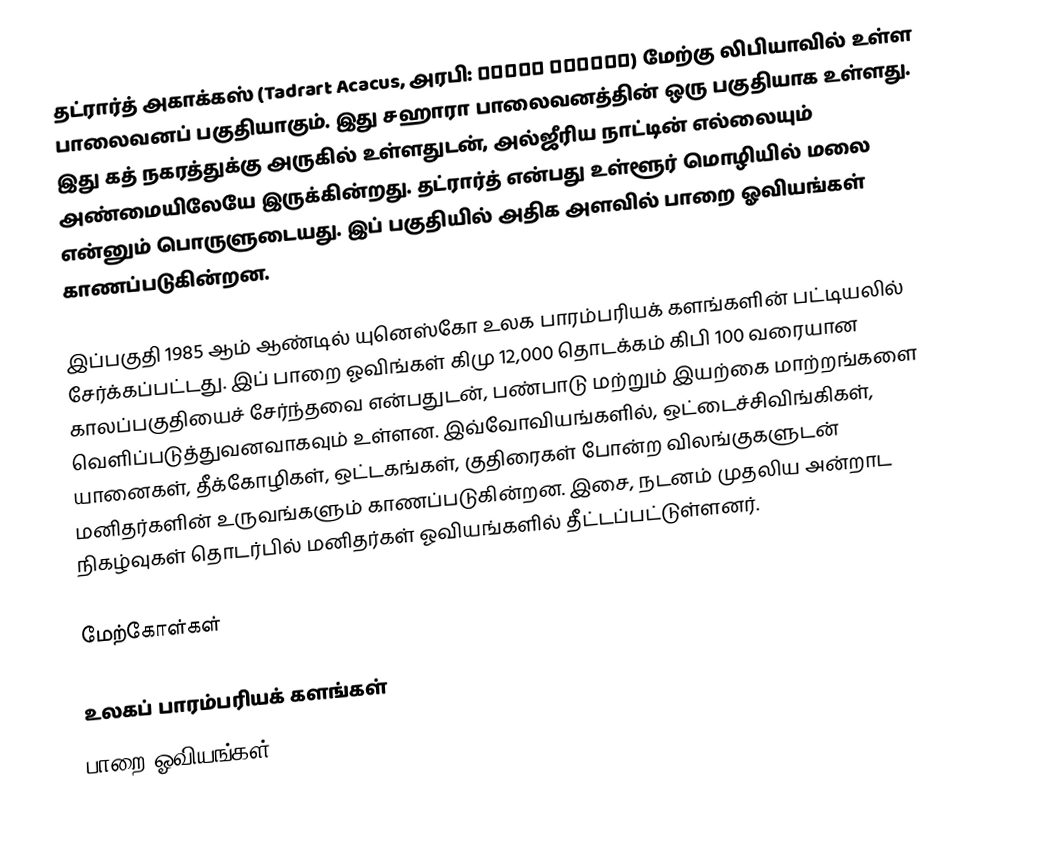
தட்ரார்த் அகாக்கஸ் (Tadrart Acacus, அரபி: تدرارت عكاكس) மேற்கு லிபியாவில் உள்ள பாலைவனப் பகுதியாகும். இது சஹாரா பாலைவனத்தின் ஒரு பகுதியாக உள்ளது. இது கத் நகரத்துக்கு அருகில் உள்ளதுடன், அல்ஜீரிய நாட்டின் எல்லையும் அண்மையிலேயே இருக்கின்றது. தட்ரார்த் என்பது உள்ளூர் மொழியில் மலை என்னும் பொருளுடையது. இப் பகுதியில் அதிக அளவில் பாறை ஓவியங்கள் காணப்படுகின்றன.

இப்பகுதி 1985 ஆம் ஆண்டில் யுனெஸ்கோ உலக பாரம்பரியக் களங்களின் பட்டியலில் சேர்க்கப்பட்டது. இப் பாறை ஓவிங்கள் கிமு 12,000 தொடக்கம் கிபி 100 வரையான காலப்பகுதியைச் சேர்ந்தவை என்பதுடன், பண்பாடு மற்றும் இயற்கை மாற்றங்களை வெளிப்படுத்துவனவாகவும் உள்ளன. இவ்வோவியங்களில், ஒட்டைச்சிவிங்கிகள், யானைகள், தீக்கோழிகள், ஒட்டகங்கள், குதிரைகள் போன்ற விலங்குகளுடன் மனிதர்களின் உருவங்களும் காணப்படுகின்றன. இசை, நடனம் முதலிய அன்றாட நிகழ்வுகள் தொடர்பில் மனிதர்கள் ஓவியங்களில் தீட்டப்பட்டுள்ளனர்.

மேற்கோள்கள்

உலகப் பாரம்பரியக் களங்கள்
பாறை ஓவியங்கள்